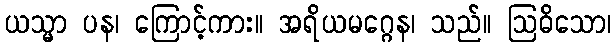
ယသ္မာ ပန၊ ကြောင့်ကား။ အရိယမဂ္ဂေန၊ သည်။ ဩဓိသော၊